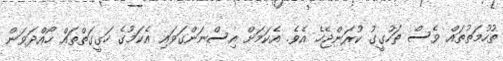
ތުހުމަތުތައް ވެސް ތަހުގީގު ކުރަންޖެހެ އެވެ. އެކަމަށް އިސްނަންގަވައި އެކަމުގެ ހަގީގަތްތައް ހޯއްދަވަން